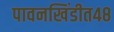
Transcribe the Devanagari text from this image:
पावनखिंडीत४८